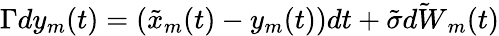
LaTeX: \Gamma dy_{m}(t)=(\tilde{x}_{m}(t)-y_{m}(t))dt+\tilde{\sigma}\tilde{dW}_{m}(t)